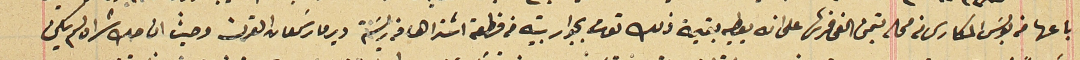
باعها من بولسَ المكارى من محله بتمن الفى قرش على انه يعطيه بقيمة ذلك توت بجوار بيته من قطعة اشتراها من ريسَة دير مار سَمعان القرن وحيث ان صك شراه لم يكن